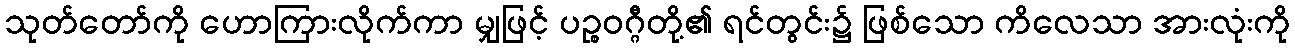
သုတ်တော်ကို ဟောကြားလိုက်ကာ မျှဖြင့် ပဉ္စဝဂ္ဂီတို့၏ ရင်တွင်း၌ ဖြစ်သော ကိလေသာ အားလုံးကို